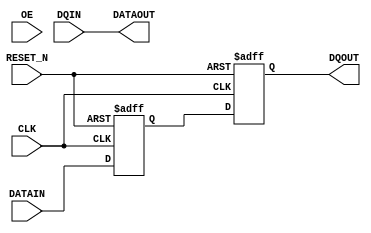
// This program was cloned from: https://github.com/verimake-team/SparkRoad-V
// License: MIT License



module sdr_data_path(CLK, RESET_N, OE, DATAIN, DATAOUT, DQIN, DQOUT);
   
   parameter          DSIZE = 32;
   
   input              CLK;
   input              RESET_N;
   input              OE;
   input [DSIZE-1:0]  DATAIN;
   output [DSIZE-1:0] DATAOUT;
   input [DSIZE-1:0]  DQIN;
   output [DSIZE-1:0] DQOUT;
   
   
   reg [DSIZE-1:0]    DIN1;
   reg [DSIZE-1:0]    DIN2;
   
   
   always @(posedge CLK or negedge RESET_N)
      if (RESET_N == 1'b0)
      begin
         DIN1 <= {DSIZE{1'b0}};
         DIN2 <= {DSIZE{1'b0}};
      end
      else 
      begin
         DIN1 <= DATAIN;
         DIN2 <= DIN1;
      end
   
   assign DATAOUT = DQIN;
   assign DQOUT = DIN2;
   
endmodule